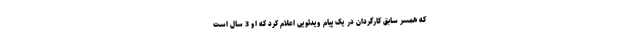
که همسر سابق کارگردان در یک پیام ویدئویی اعلام کرد که او 3 سال است